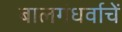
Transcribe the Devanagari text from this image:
बालगंधर्वाचें